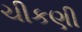
ચીકણી